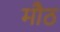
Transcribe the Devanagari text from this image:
मौठ